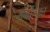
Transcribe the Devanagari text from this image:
रॉबीन्सन